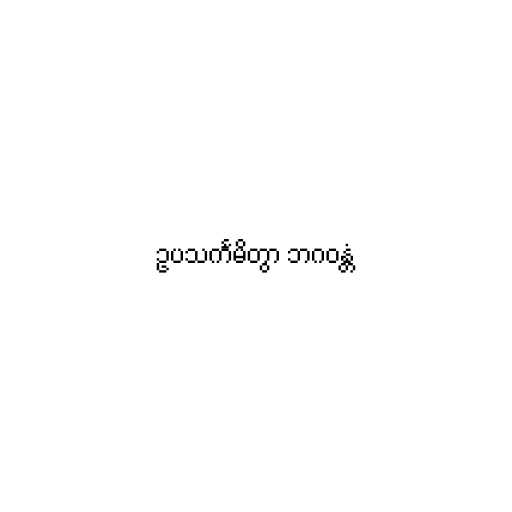
ဥပသင်္ကမိတွာ ဘဂဝန္တံ